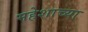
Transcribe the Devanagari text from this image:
महेशाच्या